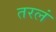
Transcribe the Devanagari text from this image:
तरलं